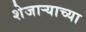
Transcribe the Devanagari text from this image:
शेजाऱ्याच्या